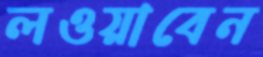
লওয়াবেন